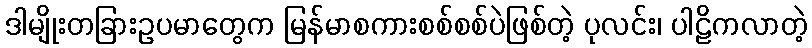
ဒါမျိုးတခြားဥပမာတွေက မြန်မာစကားစစ်စစ်ပဲဖြစ်တဲ့ ပုလင်း၊ ပါဠိကလာတဲ့